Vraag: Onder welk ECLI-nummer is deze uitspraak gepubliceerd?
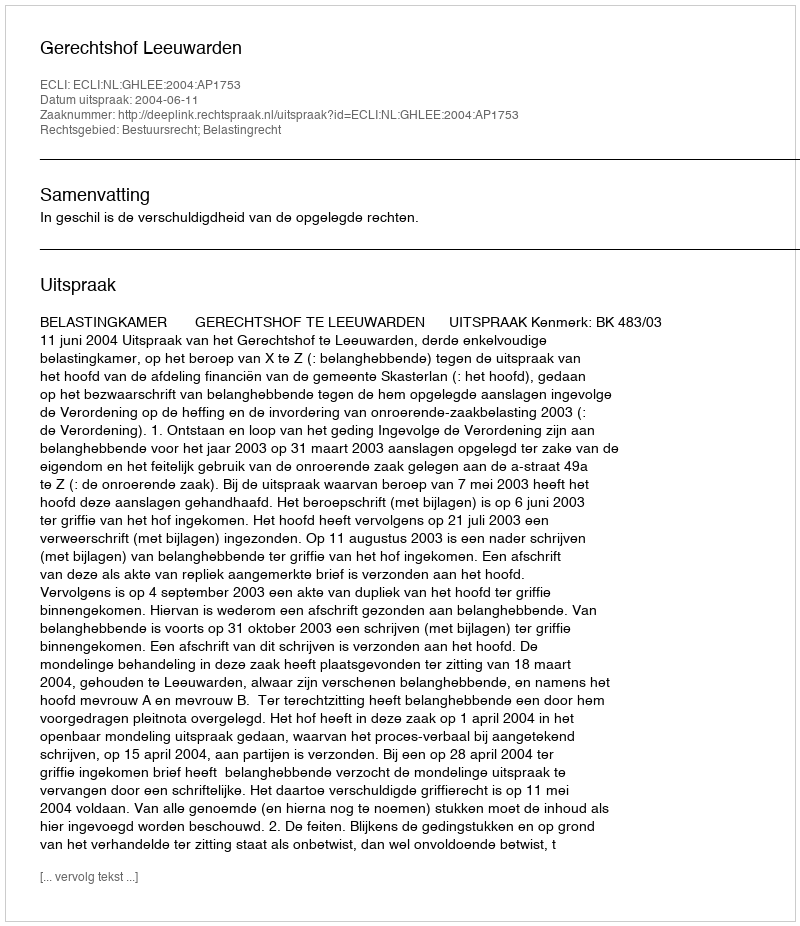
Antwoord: ECLI:NL:GHLEE:2004:AP1753